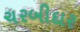
ચરબીદાર